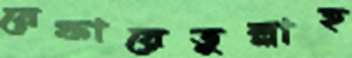
রেফায়েতুল্লাহ